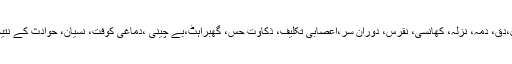
حدیث اور تاریخ سے پتہ چلتا ہے کہ آنحضرت صلی اللہ علیہ وسلم مرض ٹائیفائیڈ سے فوت ہوئے تھے) سِل،دق، دمہ، نزلہ، کھانسی، نقرس، دورانِ سر،اعصابی تکلیف، ذکاوت حس، گھبراہٹ،بے چینی ،دماغی کوفت، نسیان، حوادث کے نتیجہ میں چوٹیں اور زخم، لڑائی کی ضربات وغیرہ وغیرہ سب کی زَد میں نبی آ سکتے ہیں اور آتے رہے ہیں۔